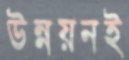
উন্নয়নই